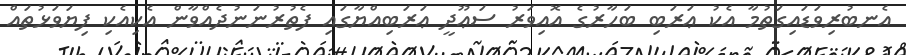
އެނބުރިވަޑައިގަތުމާ އެކު ޢަރަބި ބަހާރުގެ އޮއިވަރު ސަޢޫދީ ޢަރަބިއްޔާގައި ފެތުރުނަނުދެއްވާން އެކިއެކި ފިޔަވަޅުތައް